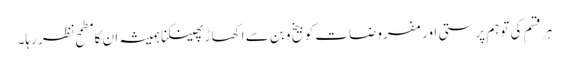
ہر قسم کی توہم پرستی اور مفروضات کو بیخ و بن سے اکھاڑ پھینکنا ہمیشہ ان کا مطمح نظر رہا۔